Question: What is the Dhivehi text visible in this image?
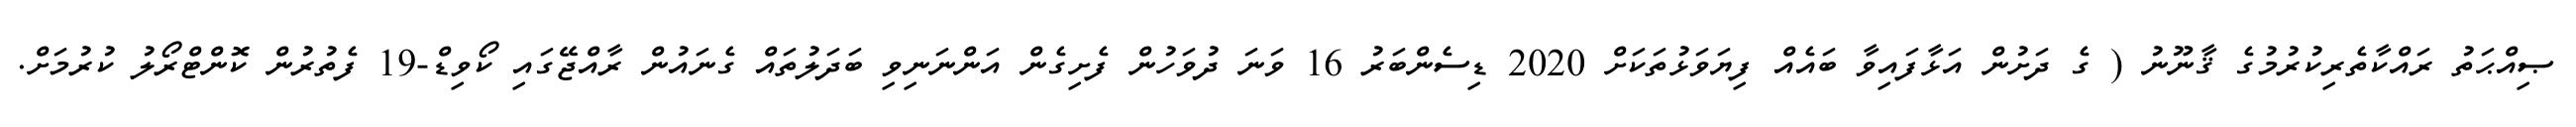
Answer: ޞިއްޙަތު ރައްކާތެރިކުރުމުގެ ޤާނޫނު ( ގެ ދަށުން އަޅާފައިވާ ބައެއް ފިޔަވަޅުތަކަށް 2020 ޑިސެންބަރު 16 ވަނަ ދުވަހުން ފެށިގެން އަންނަނިވި ބަދަލުތައް ގެނައުން ރާއްޖޭގައި ކޯވިޑް-19 ފެތުރުން ކޮންޓްރޯލު ކުރުމަށް.